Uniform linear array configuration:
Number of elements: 16
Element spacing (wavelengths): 1
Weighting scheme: exponential
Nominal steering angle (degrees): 15
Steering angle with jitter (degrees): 15.978
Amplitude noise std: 0.05
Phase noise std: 0.05

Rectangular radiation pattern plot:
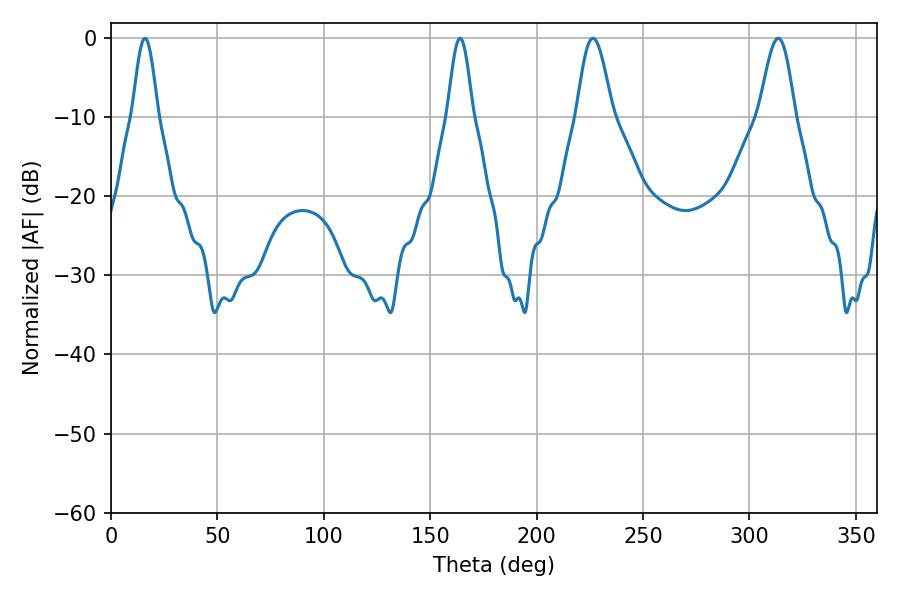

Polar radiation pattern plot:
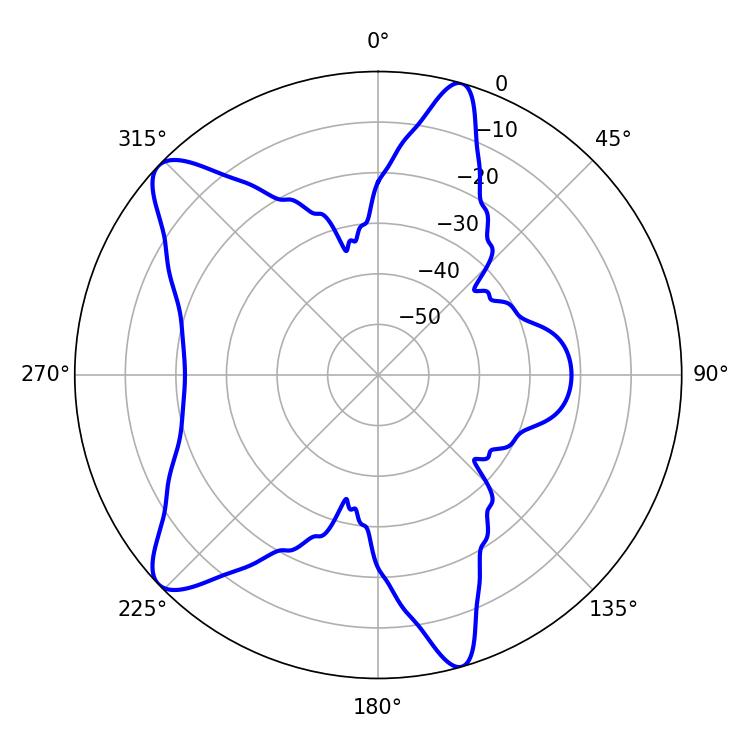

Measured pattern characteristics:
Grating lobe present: TRUE
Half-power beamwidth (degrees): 9
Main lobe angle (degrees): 226.44